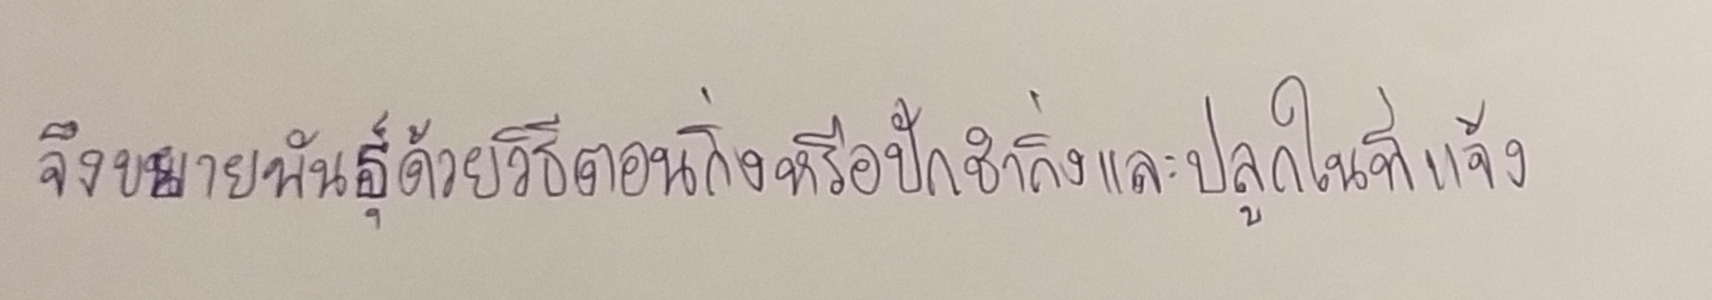
จึงขยายพันธุ์ด้วยวิธีตอนกิ่งหรือปักชำกิ่งและปลูกในที่แจ้ง